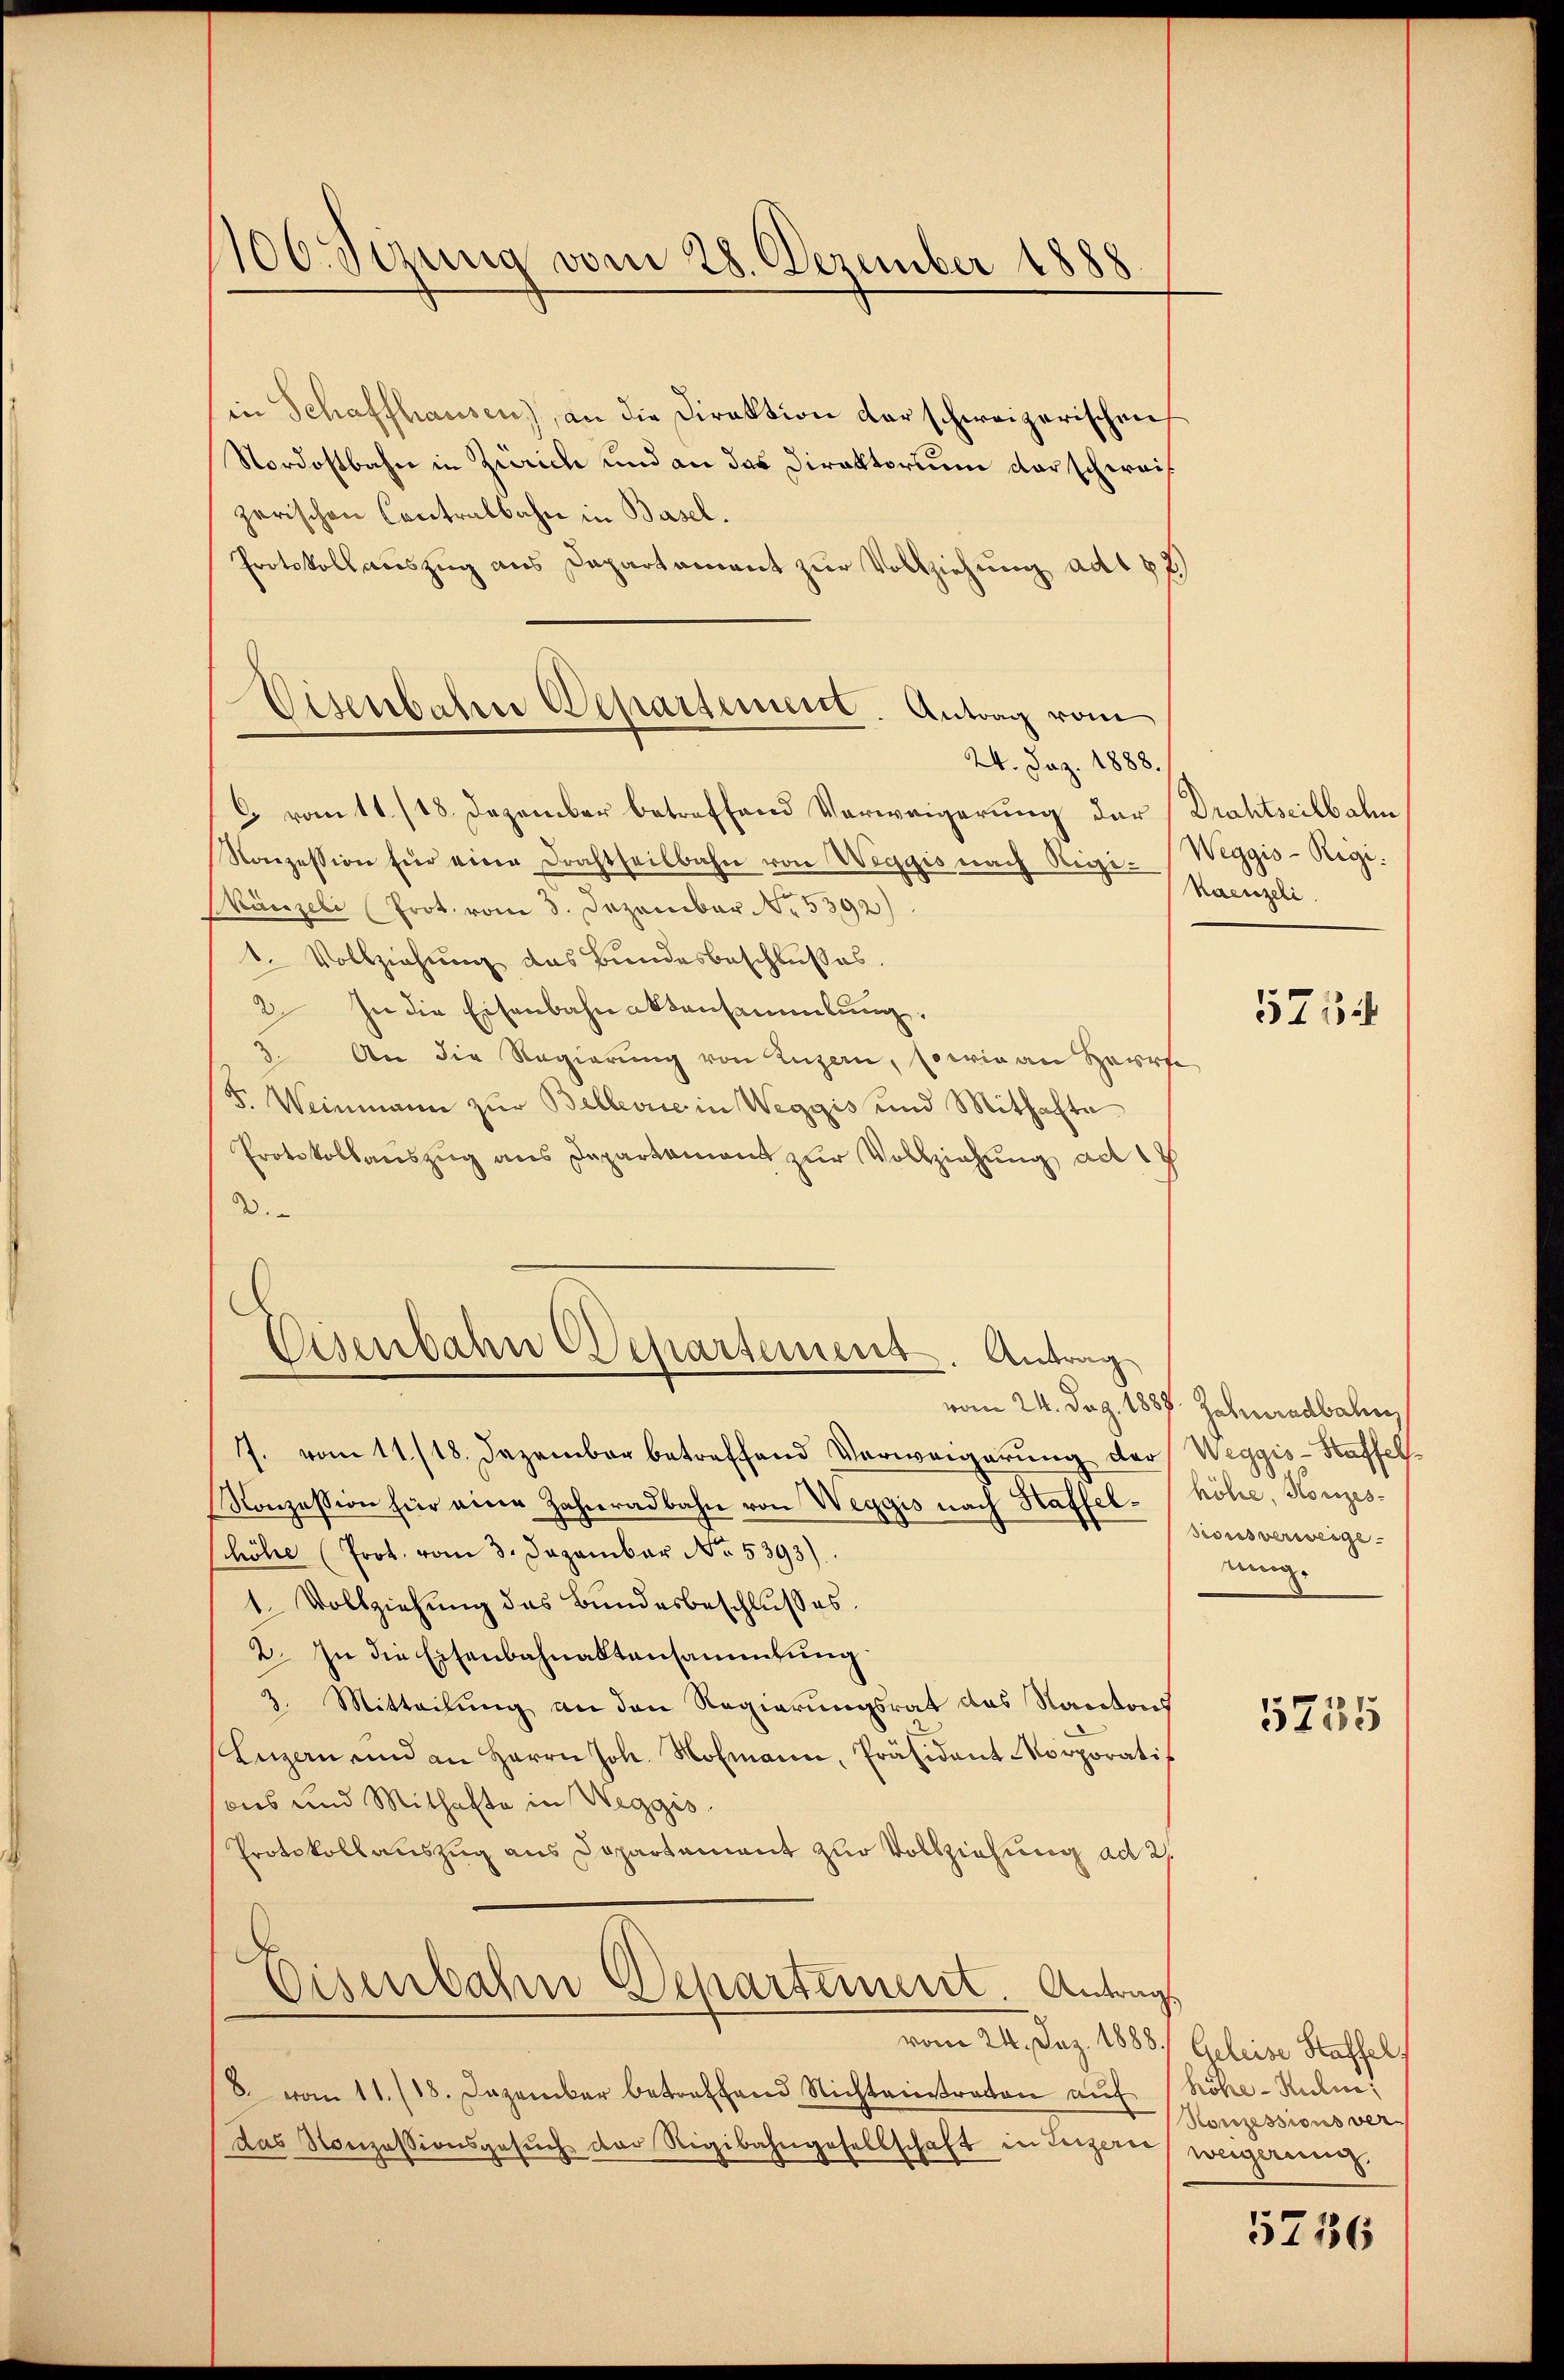
106. Sizung vom 28. Dezember 1888.

in Schaffhausen), an die Direktion der schweizerischen
Nordostbahn in Zürich und an das Direktorium der schweis
zerischen Contralbahn in Basel.
Protokoll auszug aus Departament zur Vollziehung ad 1 82)
24. Jaz. 1888.
C vom 11./18. Dezember betreffend Verweigerung der (Drahtseilbahn
Konzession für eine Drahtheilbahn von Weggis nach Rigi-
Kanzeli Prot. vom 3. Dezember No. 5392)
1. Vollziehung das Bundesbeschlusses.
2. In die Eisenbahnaktensammlung.
3. An die Regierung von Luzern, so wie an Herre
F. Weinmann zŭr Bellevue in Weggis und Mithafte
Protokollaŭszŭg ans Departament zŭr Vollziehung ad 17
2.
Eisenbahn Departement. Antrag
vom 24. Dez. 1888. Jahrerndbahn
J. vom 11./18. Dezember betreffend Verweigerung der Weggis-Staffel¬
Konzession für eine Zahnradbahn von Weggis nach Haffel-
höhe (Prot. vom 3. Dezember No. 5393).
1. Vollziehung des Bundesbeschlusses.
2. In die Eisenbahnaltensammlung
3. Mitteilung an den Regierungsrat des Kantons
Engern und an Herrn Joh. Hofmann, Präsidant Korporatif
ons und Mithafte in Weggis
Protokollauszug aus Departement zur Vollziehung ad 2.
E
Eisenbahn Departement. Antrag
vom 24. Dez. 1888. Geleise Staffel
8. vom 11./18. Dezember betreffend Nichteintraten aŭf
das Konzessionsgesŭch der Rigibahngesellschaft in Luzerer weigerung

Eisenbahre Departement. Antrag vom

Weggis-Regi
kaenzeli.

5754

höhe, Konzessionsverweige
nung.

5735

höhe-Rulie
Konzessions ver¬

5716